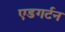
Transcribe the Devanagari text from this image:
एडगर्टन